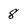
Character: 8